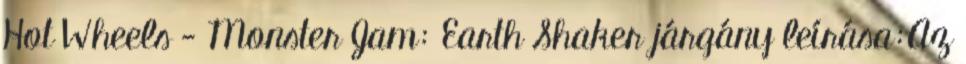
Hot Wheels - Monster Jam: Earth Shaker járgány leírása:Az